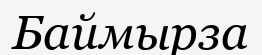
Баймырза